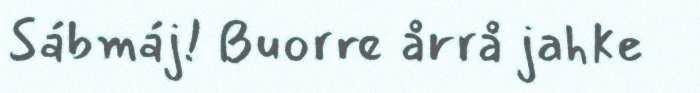
Sábmáj! Buorre årrå jahke